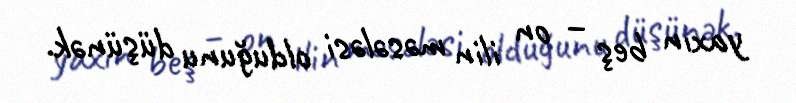
yaxın beş – on ilin məsələsi olduğunu düşünək.